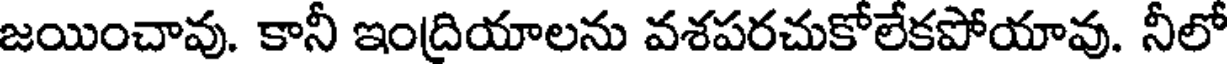
జయించావు. కానీ ఇంద్రియాలను వశపరచుకోలేకపోయావు. నీలో